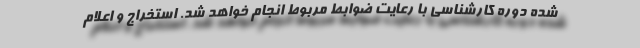
شده دوره کارشناسی با رعایت ضوابط مربوط انجام خواهد شد. استخراج و اعلام